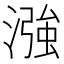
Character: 漒